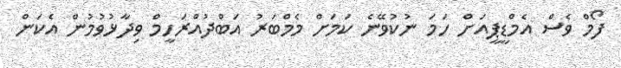
ފޯމް ވެސް އެމްޑީޕީއަށް ހަމަ ނުކުވޭނެ ކަމަށް މެމްބަރު އަބްދުއްރަހީމް ވިދާޅުވުމުން އެކަން